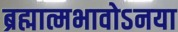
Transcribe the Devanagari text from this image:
ब्रह्मात्मभावोऽनया